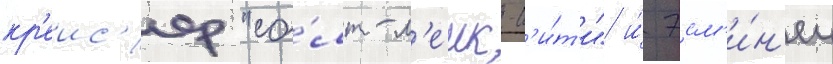
кр'еис'ер "со́лт-л'еик-с'и́т'и" и́ эсм'и́н'ец